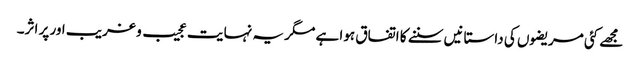
مجھے کئی مریضوں کی داستانیں سننے کا اتفاق ہوا ہے مگر یہ نہایت عجیب و غریب اور پر اثر۔